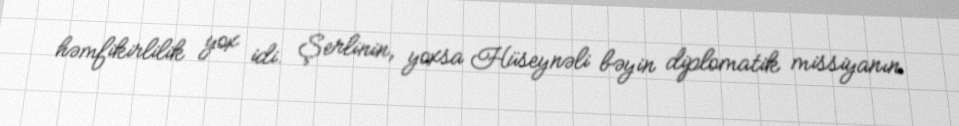
həmfikirlilik yox idi. Şerlinin, yoxsa Hüseynəli bəyin diplomatik missiyanın